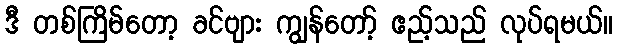
ဒီ တစ်ကြိမ်တော့ ခင်ဗျား ကျွန်တော့် ဧည့်သည် လုပ်ရမယ်။